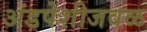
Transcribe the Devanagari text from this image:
अंडपेशीजवळ